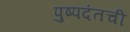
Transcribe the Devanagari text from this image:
पुष्पदंतची